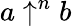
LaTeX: a\uparrow^{n}b